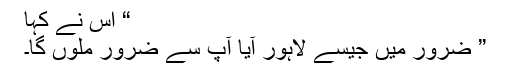
“ اس نے کہا
” ضرور میں جیسے لاہور آیا آپ سے ضرور ملوں گا۔